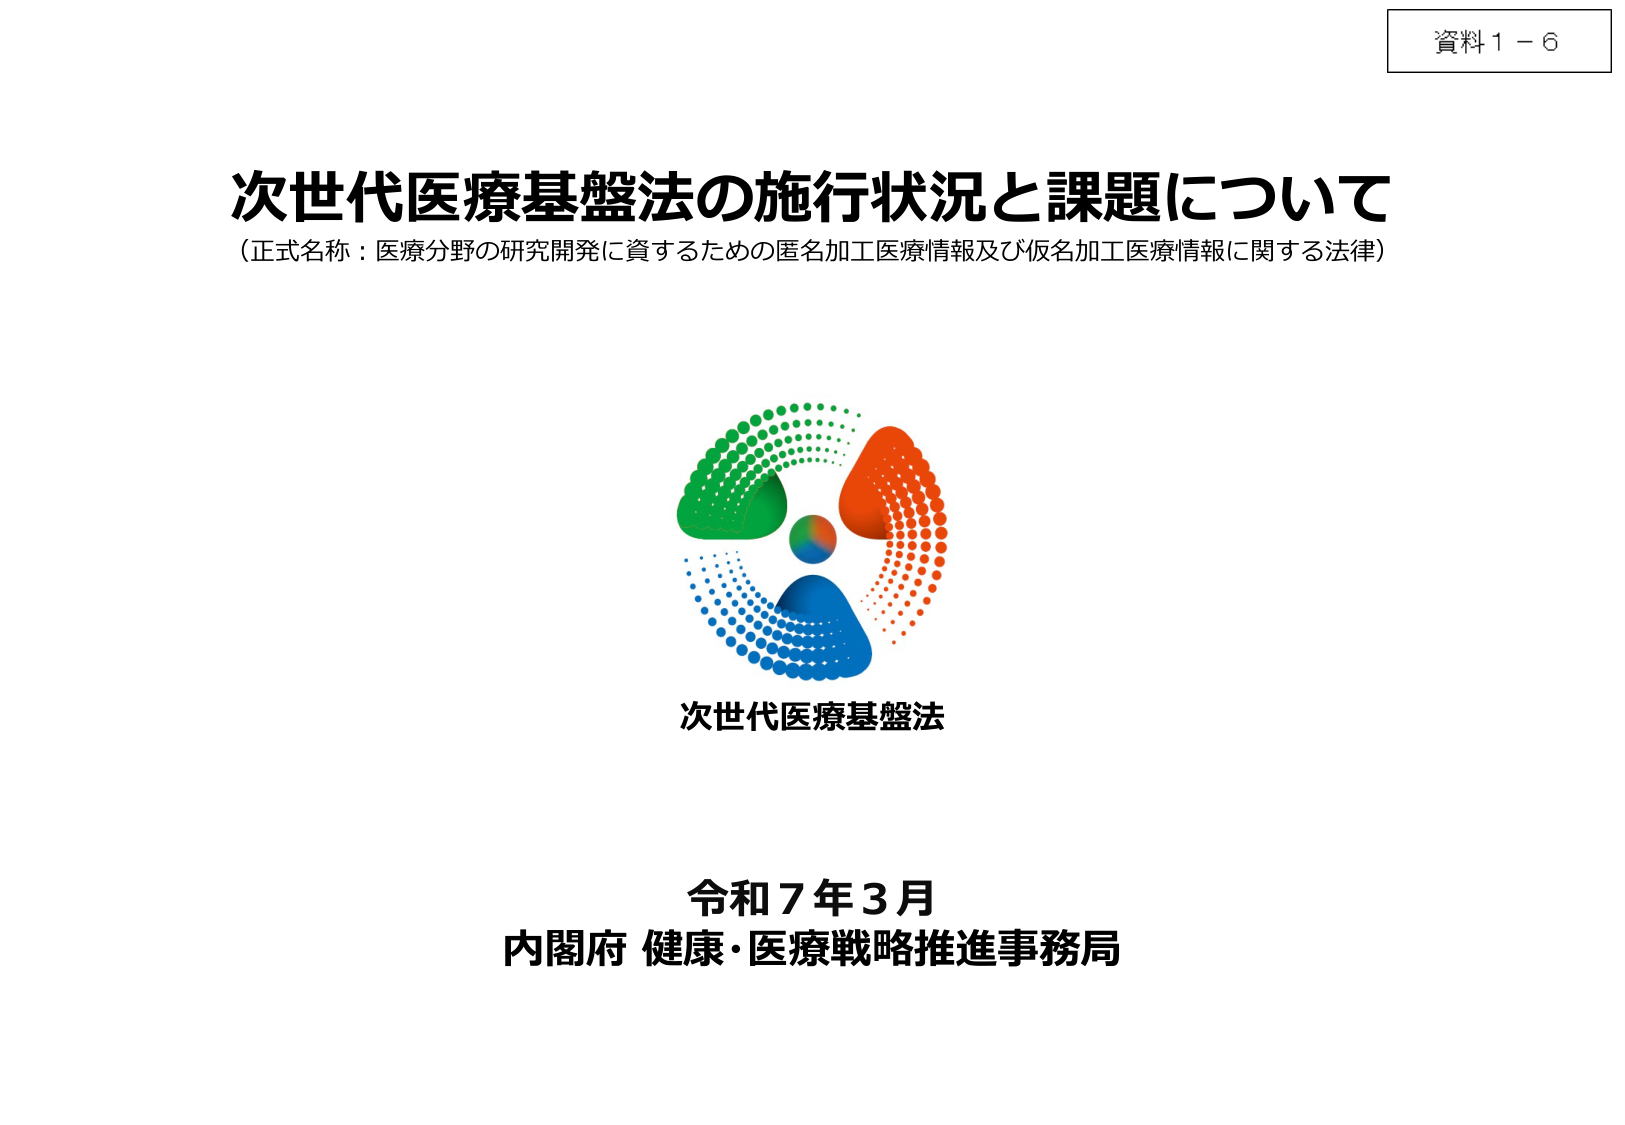
資料１－６

次世代医療基盤法の施行状況と課題について
（正式名称：医療分野の研究開発に資するための匿名加工医療情報及び仮名加工医療情報に関する法律）

次世代医療基盤法

令和７年３月
内閣府 健康・医療戦略推進事務局